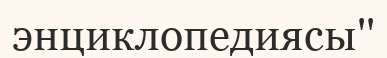
энциклопедиясы''